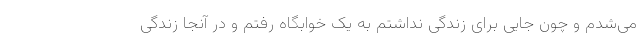
می‌شدم و چون جایی برای زندگی نداشتم به یک خوابگاه رفتم و در آنجا زندگی